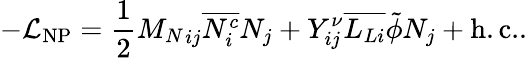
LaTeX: -{\cal L}_{\mathrm{NP}}=\frac{1}{2}{M_{N}}_{ij}\overline{{{N_{i}^{c}}}}N_{j}+Y_{ij}^{\nu}\overline{{{L_{Li}}}}\tilde{\phi}N_{j}+\mathrm{h.c.}.